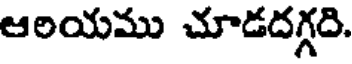
ఆరియము చూడదగ్గది.